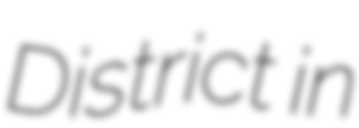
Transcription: District in